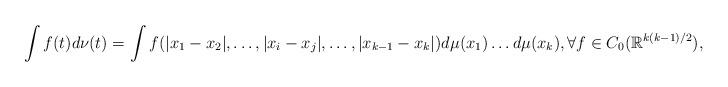
LaTeX: \begin{align*}\int f(t)d\nu(t)=\int f(|x_1-x_2|,\dots,|x_i-x_j|,\dots,|x_{k-1}-x_k|)d\mu(x_1)\dots d\mu(x_k), \forall f\in C_0(\mathbb{R}^{k(k-1)/2}),\end{align*}